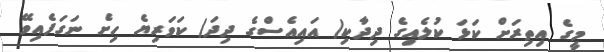
މީގެ އިތިރަށް ކަޅަ ކުލެއިގެ ދިދާކި( އައިއެސްގެ ދިދަ) ކަވަރިޔެ ހިށެ ނަގަފެއިވޭ